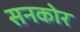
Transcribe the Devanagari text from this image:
सनकोर